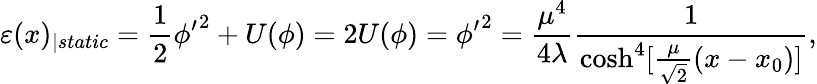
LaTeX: \varepsilon(x)_{\mid static}=\frac{1}{2}\phi{'}^{2}+U(\phi)=2U(\phi)=\phi{'}^{2}=\frac{\mu^{4}}{4\lambda}\frac{1}{\cosh^{4}[\frac{\mu}{\sqrt{2}}(x-x_{0})]},